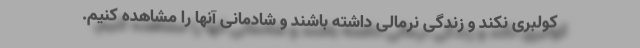
کولبری نکند و زندگی نرمالی داشته باشند و شادمانی آنها را مشاهده کنیم.